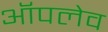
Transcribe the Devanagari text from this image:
ऑपलेव